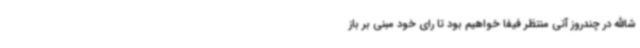
‌شاالله در چندروز آتی منتظر فیفا خواهیم بود تا رای خود مبنی بر باز